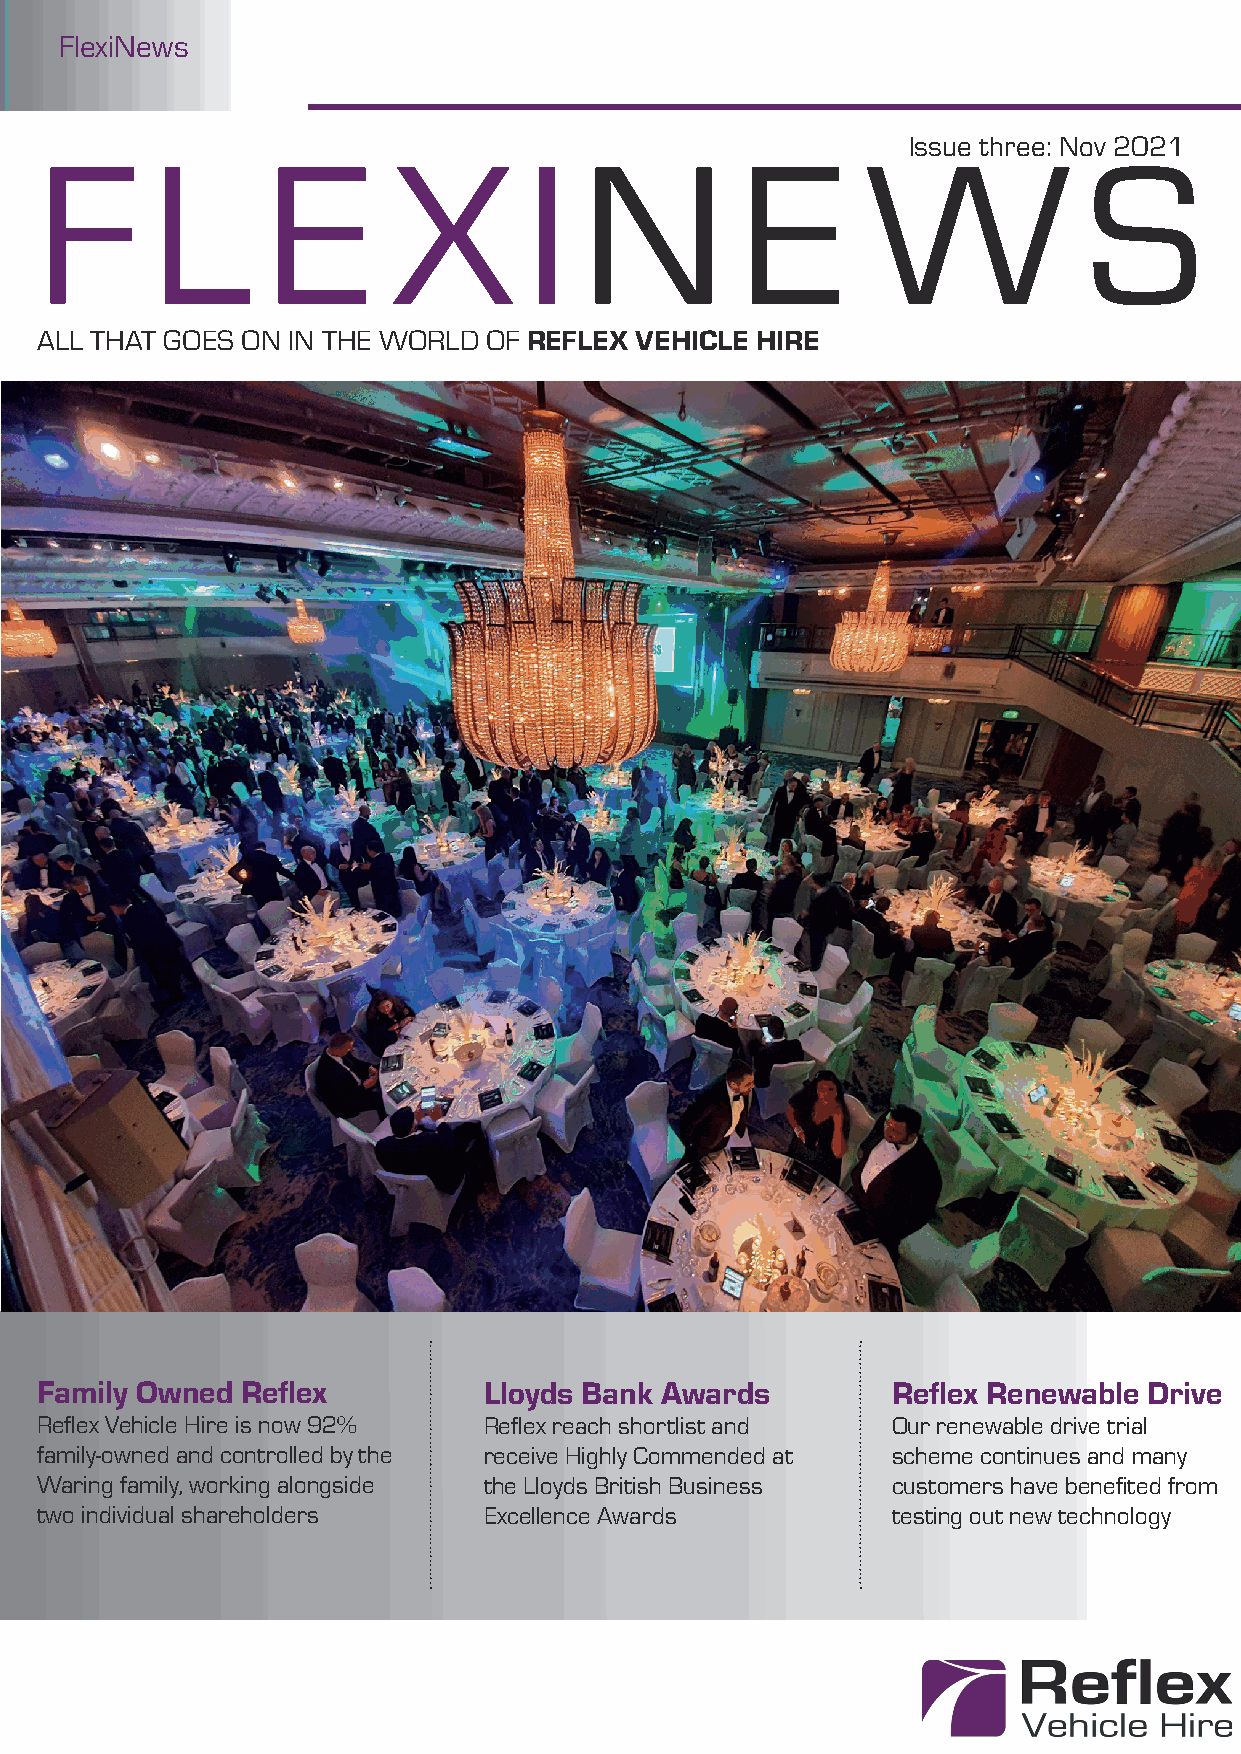
FlexiNews
 Issue three: Nov 2021
 F       L       E       X        IN           E       W              S
 ALL THAT GOES ON IN THE WORLD OF REFLEX VEHICLE HIRE
 Family Owned  Refl ex         Lloyds Bank Awards         Refl ex Renewable Drive
 Refl ex Vehicle Hire is now 92% Refl ex reach shortlist and Our renewable drive trial
 family-owned and controlled by the receive Highly Commended at scheme continues and many
 Waring family, working alongside the Lloyds British Business customers have benefi ted from
 two individual shareholders   Excellence Awards          testing out new technology